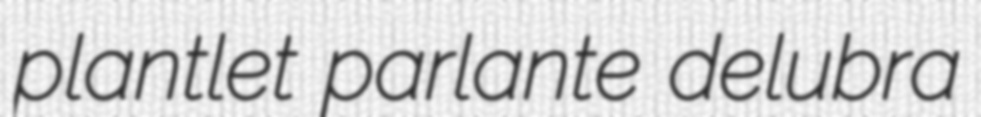
plantlet parlante delubra